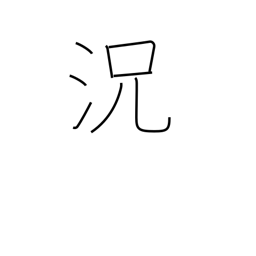
Meaning: condition